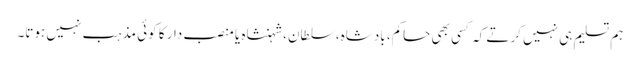
ہم تسلیم ہی نہیں کرتے کہ کسی بھی حاکم، بادشاہ،سلطان،شہنشاہ یا منصب دار کا کوئی مذہب نہیں ہوتا۔